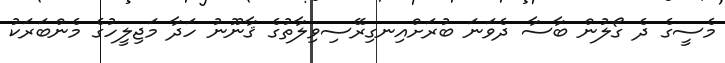
މެސީގެ ދެ ގޯލުން ބާސާ ދެވަނަ ބުރަށްއިނގިރޭސިވިލާތުގެ ޤާނޫނު ހަދާ މަޖިލީހުގެ މެންބަރަކު